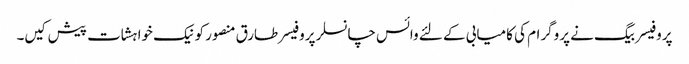
پروفیسر بیگ نے پروگرام کی کامیابی کے لئے وائس چانسلر پروفیسر طارق منصور کو نیک خواہشات پیش کیں۔